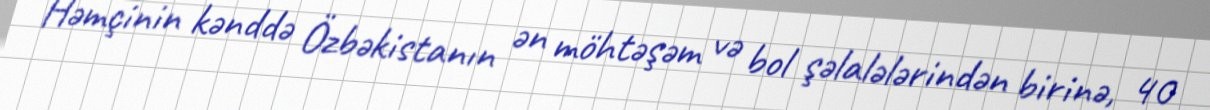
Həmçinin kənddə Özbəkistanın ən möhtəşəm və bol şəlalələrindən birinə, 40